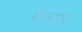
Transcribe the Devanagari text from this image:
फत्ताह